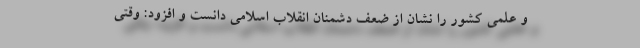
و علمی کشور را نشان از ضعف دشمنان انقلاب اسلامی دانست و افزود: وقتی